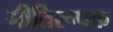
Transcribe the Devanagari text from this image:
गीतिरूपक